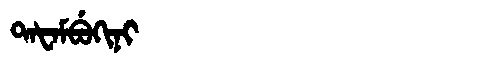
Manchu: ᡨᠠᡶᠠᠮᠪᡠᡴᡳᠨᡳ
Romanization: TAFAMBUKINI